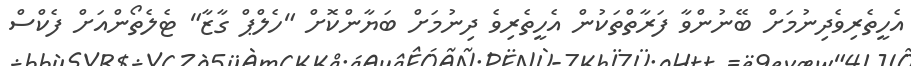
އެހީތެރިވެދިނުމަށް ބޭނުންވާ ފަރާތްތަކުން އެހީތެރިވެ ދިނުމަށް ބަޔާންކޮށް "ހެލްޕް ގާޒާ" ޓެލެތޯންއަށް ފެކްސް